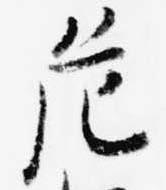
危